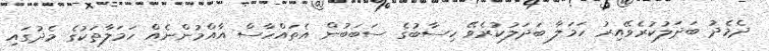
ދެމެދު ބަދަލުކުރެވޭއިރު ހަމަލާ ބަދަލުކުރެވޭ ހިސާބުގެ ސަބަބުން އެތައްހާސް އާއްމުންނެއް ހަމަލާތަކުގެ މެދުގައި